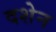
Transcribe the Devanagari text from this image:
दशेन